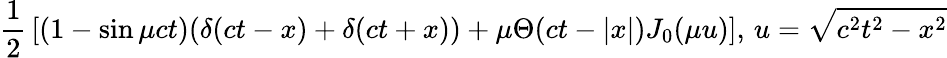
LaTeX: {\frac{1}{2}}\left[\left(1-\sin{\mu ct}\right)(\delta(ct-x)+\delta(ct+x))+\mu\Theta(ct-|x|)J_{0}(\mu u)\right],\, u={\sqrt{c^{2}t^{2}-x^{2}}}